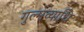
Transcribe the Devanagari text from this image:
गुल्मव्याधि